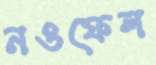
নওফেল